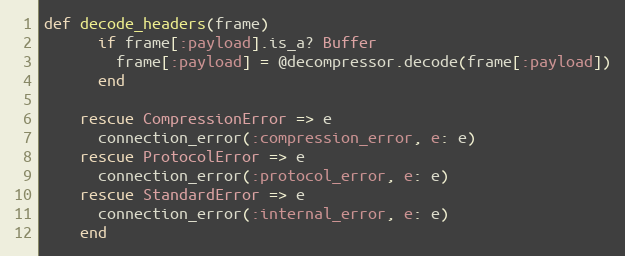
Language: Ruby
def decode_headers(frame)
      if frame[:payload].is_a? Buffer
        frame[:payload] = @decompressor.decode(frame[:payload])
      end

    rescue CompressionError => e
      connection_error(:compression_error, e: e)
    rescue ProtocolError => e
      connection_error(:protocol_error, e: e)
    rescue StandardError => e
      connection_error(:internal_error, e: e)
    end